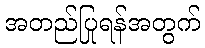
အတည်ပြုရန်အတွက်